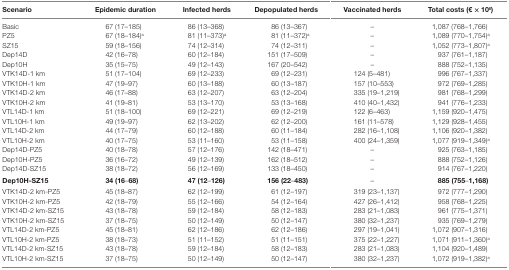
<table><thead><tr><td><b>Scenario</b></td><td><b>Epidemic duration</b></td><td><b>Infected herds</b></td><td><b>Depopulated herds</b></td><td><b>Vaccinated herds</b></td><td><b>Total costs (€ × 10<sup>6</sup>)</b></td></tr></thead><tbody><tr><td>Basic</td><td>67 (17–185)</td><td>86 (13–368)</td><td>86 (13–367)</td><td>–</td><td>1,087 (768–1,766)</td></tr><tr><td>PZ5</td><td>67 (18–184)<sup>a</sup></td><td>81 (11–373)<sup>a</sup></td><td>81 (11–372)<sup>a</sup></td><td>–</td><td>1,089 (770–1,754)<sup>a</sup></td></tr><tr><td>SZ15</td><td>59 (18–156)</td><td>74 (12–314)</td><td>74 (12–311)</td><td>–</td><td>1,052 (773–1,807)<sup>a</sup></td></tr><tr><td>Dep14D</td><td>42 (16–78)</td><td>60 (12–184)</td><td>151 (17–509)</td><td>–</td><td>937 (761–1,187)</td></tr><tr><td>Dep10H</td><td>35 (15–75)</td><td>49 (12–143)</td><td>167 (20–542)</td><td>–</td><td>888 (752–1,135)</td></tr><tr><td>VTK14D-1 km</td><td>51 (17–104)</td><td>69 (12–233)</td><td>69 (12–231)</td><td>124 (5–481)</td><td>996 (767–1,337)</td></tr><tr><td>VTK10H-1 km</td><td>47 (19–97)</td><td>60 (13–188)</td><td>60 (13–187)</td><td>157 (10–553)</td><td>972 (769–1,285)</td></tr><tr><td>VTK14D-2 km</td><td>46 (17–88)</td><td>63 (12–207)</td><td>63 (12–204)</td><td>335 (19–1,219)</td><td>981 (768–1,299)</td></tr><tr><td>VTK10H-2 km</td><td>41 (19–81)</td><td>53 (13–170)</td><td>53 (13–168)</td><td>410 (40–1,432)</td><td>941 (776–1,233)</td></tr><tr><td>VTL14D-1 km</td><td>51 (18–100)</td><td>69 (12–221)</td><td>69 (12–219)</td><td>122 (6–463)</td><td>1,159 (920–1,475)</td></tr><tr><td>VTL10H-1 km</td><td>49 (19–97)</td><td>62 (13–202)</td><td>62 (12–200)</td><td>161 (11–578)</td><td>1,129 (928–1,455)</td></tr><tr><td>VTL14D-2 km</td><td>44 (17–79)</td><td>60 (12–188)</td><td>60 (11–184)</td><td>282 (16–1,108)</td><td>1,106 (920–1,382)</td></tr><tr><td>VTL10H-2 km</td><td>40 (17–75)</td><td>53 (11–160)</td><td>53 (11–158)</td><td>400 (24–1,359)</td><td>1,077 (919–1,349)<sup>a</sup></td></tr><tr><td>Dep14D-PZ5</td><td>40 (18–78)</td><td>57 (12–176)</td><td>142 (18–471)</td><td>–</td><td>925 (763–1,185)</td></tr><tr><td>Dep10H-PZ5</td><td>36 (16–72)</td><td>49 (12–139)</td><td>162 (18–512)</td><td>–</td><td>888 (752–1,126)</td></tr><tr><td>Dep14D-SZ15</td><td>38 (18–72)</td><td>56 (12–169)</td><td>133 (18–450)</td><td>–</td><td>914 (767–1,220)</td></tr><tr><td><b>Dep10H-SZ15</b></td><td><b>34 (16</b>–<b>68)</b></td><td><b>47 (12</b>–<b>126)</b></td><td><b>156 (22</b>–<b>483)</b></td><td>–</td><td><b>885 (755</b>–<b>1,168)</b></td></tr><tr><td>VTK14D-2 km-PZ5</td><td>45 (18–87)</td><td>62 (12–199)</td><td>61 (12–197)</td><td>319 (23–1,137)</td><td>972 (777–1,290)</td></tr><tr><td>VTK10H-2 km-PZ5</td><td>42 (18–79)</td><td>55 (12–166)</td><td>54 (12–164)</td><td>427 (26–1,412)</td><td>958 (768–1,225)</td></tr><tr><td>VTK14D-2 km-SZ15</td><td>43 (18–78)</td><td>59 (12–184)</td><td>58 (12–183)</td><td>283 (21–1,083)</td><td>961 (775–1,371)</td></tr><tr><td>VTK10H-2 km-SZ15</td><td>37 (18–75)</td><td>50 (12–149)</td><td>50 (12–147)</td><td>380 (32–1,237)</td><td>935 (769–1,279)</td></tr><tr><td>VTL14D-2 km-PZ5</td><td>45 (18–81)</td><td>62 (12–186)</td><td>62 (12–186)</td><td>297 (19–1,041)</td><td>1,072 (907–1,316)</td></tr><tr><td>VTL10H-2 km-PZ5</td><td>38 (18–73)</td><td>51 (11–152)</td><td>51 (11–151)</td><td>375 (22–1,227)</td><td>1,071 (911–1,360)<sup>a</sup></td></tr><tr><td>VTL14D-2 km-SZ15</td><td>43 (18–78)</td><td>59 (12–184)</td><td>58 (12–183)</td><td>283 (21–1,083)</td><td>1,104 (920–1,489)</td></tr><tr><td>VTL10H-2 km-SZ15</td><td>37 (18–75)</td><td>50 (12–149)</td><td>50 (12–147)</td><td>380 (32–1,237)</td><td>1,072 (919–1,382)<sup>a</sup></td></tr></tbody></table>